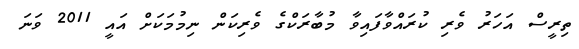
ތިރީސް އަހަރު ވެރި ކުރައްވާފައިވާ މުބާރަކްގެ ވެރިކަން ނިމުމަކަށް އައީ 2011 ވަނަ